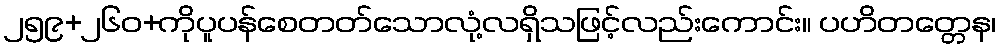
၂၅၉+၂၆၀+ကိုပူပန်စေတတ်သောလုံ့လရှိသဖြင့်လည်းကောင်း။ ပဟိတတ္တေန၊